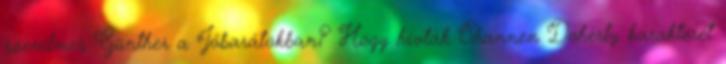
szerelmes Günther a Jóbarátokban? Hogy hívták Shannen Doherty karakterét